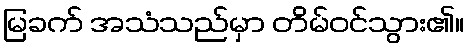
မြခက် အသံသည်မှာ တိမ်ဝင်သွား၏။